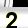
Digit: 2